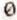
0